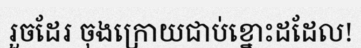
រួចដែរ ចុងក្រោយជាប់ខ្នោះដដែល!